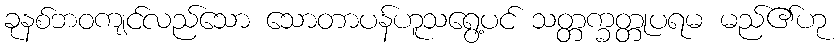
ခုနစ်ဘဝကျင်လည်သော သောတာပန်ဟူသရွေ့ပင် သတ္တက္ခတ္တုပရမ မည်၏ဟု